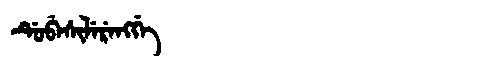
Manchu: ᡩᡠᠪᡝᠰᡳᠯᡝᡵᡝᠩᡤᡝ
Romanization: DUBESILERENGGE